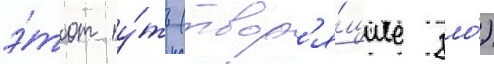
э́тот пу́ть (твор'я́щие зло́)